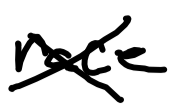
Text: race
Cross-out: cross
Writing tool: digital_black